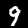
Label: 9